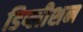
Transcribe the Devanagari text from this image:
डिप्लीशन